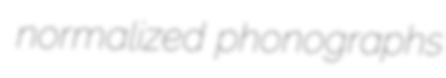
normalized phonographs